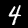
Digit: 4